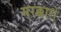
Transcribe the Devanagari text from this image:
मरक्कारों